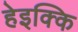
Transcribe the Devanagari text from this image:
हेइक्कि